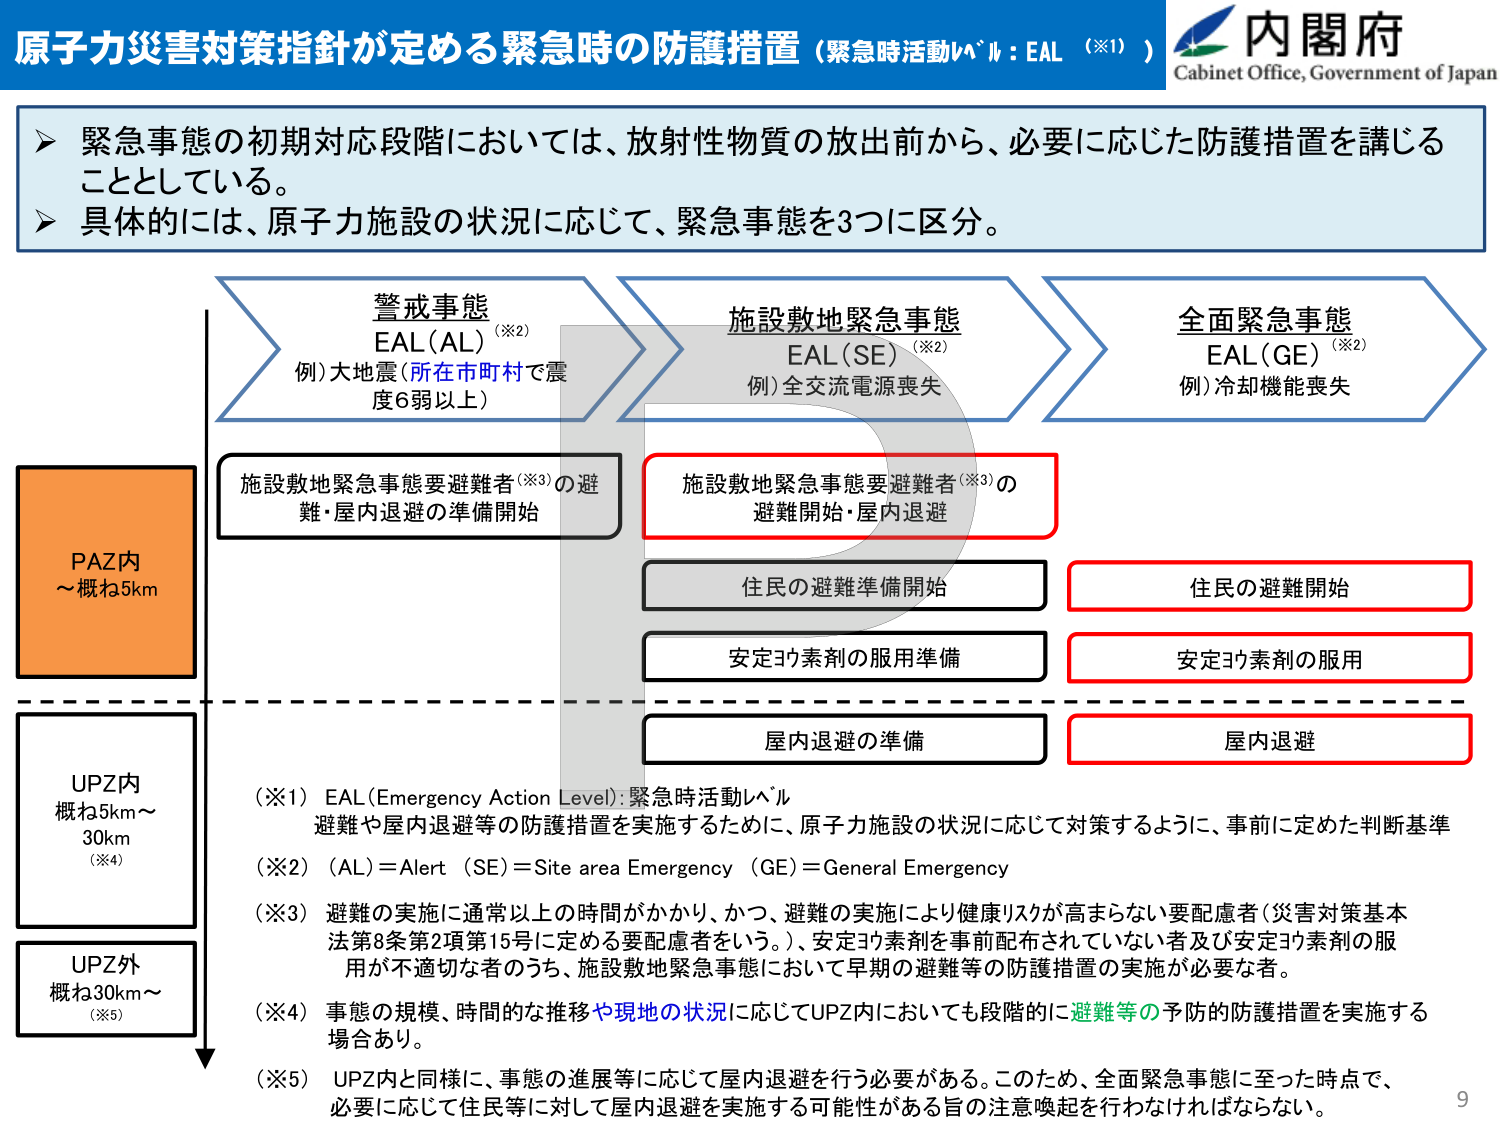
原子力災害対策指針が定める緊急時の防護措置（緊急時活動レベル：EAL（※1））

内閣府
Cabinet Office, Government of Japan

➤ 緊急事態の初期対応段階においては、放射性物質の放出前から、必要に応じた防護措置を講じることとしている。
➤ 具体的には、原子力施設の状況に応じて、緊急事態を3つに区分。

警戒事態
EAL（AL）（※2）
例）大地震（所在市町村で震度6弱以上）

施設敷地緊急事態
EAL（SE）（※2）
例）全交流電源喪失

全面緊急事態
EAL（GE）（※2）
例）冷却機能喪失

PAZ内
～概ね5km

施設敷地緊急事態要避難者（※3）の避難・屋内退避の準備開始

施設敷地緊急事態要避難者（※3）の避難開始・屋内退避

住民の避難準備開始

住民の避難開始

安定ヨウ素剤の服用準備

安定ヨウ素剤の服用

屋内退避の準備

屋内退避

UPZ内
概ね5km～30km
（※4）

UPZ外
概ね30km～
（※5）

（※1）EAL（Emergency Action Level）：緊急時活動レベル
避難や屋内退避等の防護措置を実施するために、原子力施設の状況に応じて対策するように、事前に定めた判断基準

（※2）（AL）＝Alert （SE）＝Site area Emergency （GE）＝General Emergency

（※3）避難の実施に通常以上の時間がかかり、かつ、避難の実施により健康リスクが高まらない要配慮者（災害対策基本法第8条第2項第15号に定める要配慮者をいう。）、安定ヨウ素剤を事前配布されていない者及び安定ヨウ素剤の服用が不適切な者のうち、施設敷地緊急事態において早期の避難等の防護措置の実施が必要な者。

（※4）事態の規模、時間的な推移や現地の状況に応じてUPZ内においても段階的に避難等の予防的防護措置を実施する場合あり。

（※5）UPZ内と同様に、事態の進展等に応じて屋内退避を行う必要がある。このため、全面緊急事態に至った時点で、必要に応じて住民等に対して屋内退避を実施する可能性がある旨の注意喚起を行わなければならない。

9